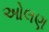
ઓલણ